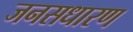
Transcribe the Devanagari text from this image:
जनसधारण